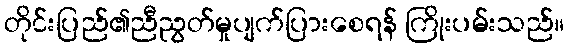
တိုင်းပြည်၏ညီညွတ်မှုပျက်ပြားစေရန် ကြိုးပမ်းသည်။